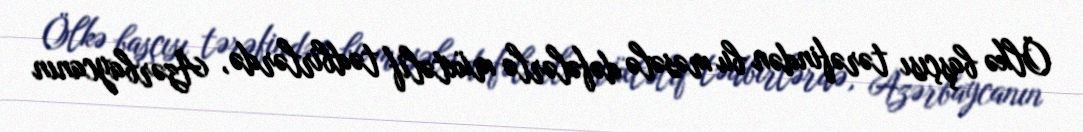
Ölkə başçısı tərəfindən bu məsələ dəfələrlə müxtəlif tədbirlərdə, Azərbaycanın